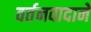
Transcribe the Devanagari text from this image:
वर्तनवादाने